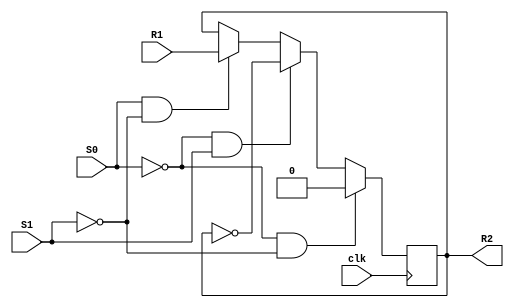
//CO : R2 <- 0;
//C1 : R2 <- R2';
//C2 : R2 <- R1;

module wk4_task2(clk, R1, R2, S0, S1);
  //define input and output ports
  input clk, S0, S1, R1;
  output reg R2;
  always @(posedge clk) begin
  if (S0 == 0 && S1 == 0)
    R2 <= 1'b0;
  else if (S0 == 0 && S1 == 1)
    R2 <= ~R2;
  else if (S0 == 1 && S1 == 0)
    R2 <= R1;
  else
    R2 <= R2;
  end
endmodule